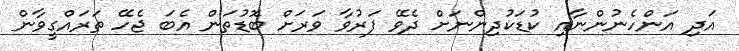
އަދި އަންހެނުންނާއި ކުޑަކުދިންނަށް ދެވޭ ފަރުވާ ވަރަށް ބޮޑުތަން އެބަ ޖެހޭ ތަރައްގީވާން